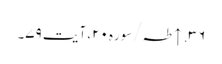
۳۶. ↑ طہ/سوره۲۰، آیت ۷۹۔